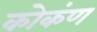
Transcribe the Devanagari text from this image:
कोकंण